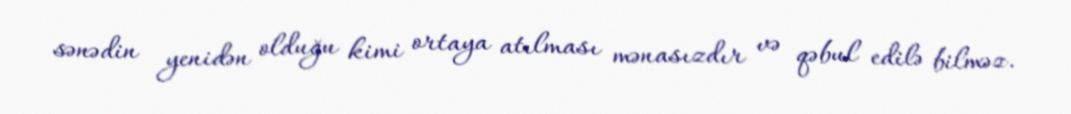
sənədin yenidən olduğu kimi ortaya atılması mənasızdır və qəbul edilə bilməz.